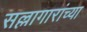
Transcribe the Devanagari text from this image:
सल्लागारांच्या